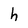
Character: h